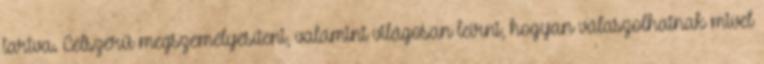
tartva. Célszerű megszemélyesíteni, valamint világosan leírni, hogyan válaszolhatnak mivel